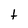
Character: t